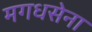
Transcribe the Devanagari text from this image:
मगधसेना